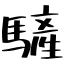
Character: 𩥮